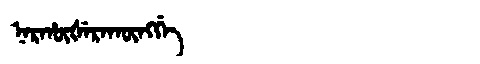
Manchu: ᠨᠠᡵᡥᡡᡧᡝᡵᠠᡴᡡᠩᡤᡝ
Romanization: NARHŪŠERAKŪNGGE